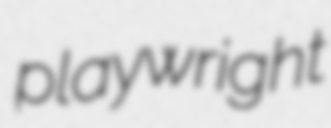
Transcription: playwright